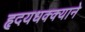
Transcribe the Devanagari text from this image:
हृदयधक्क्याने